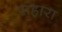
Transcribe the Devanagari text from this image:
संहारा